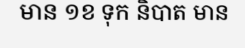
មាន ១ខ ទុក និបាត មាន